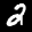
Label: 2